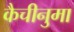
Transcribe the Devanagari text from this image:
कैचीनुमा